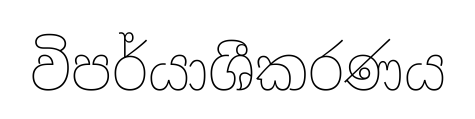
විපර්යාශීකරණය